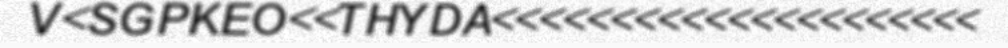
V<SGPKEO<<THYDA<<<<<<<<<<<<<<<<<<<<<